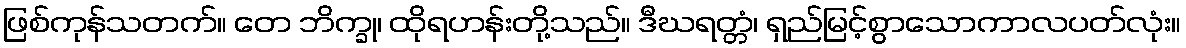
ဖြစ်ကုန်သတက်။ တေ ဘိက္ခု၊ ထိုရဟန်းတို့သည်။ ဒီဃရတ္တံ၊ ရှည်မြင့်စွာသောကာလပတ်လုံး။